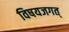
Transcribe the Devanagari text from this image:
विषयजगत्